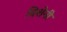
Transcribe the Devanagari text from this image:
दिशेनी